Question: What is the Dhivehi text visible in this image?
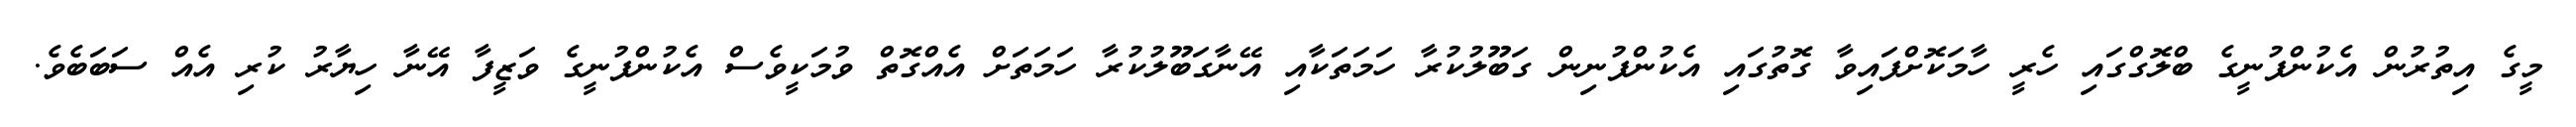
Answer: މީގެ އިތުރުން އެކުންފުނީގެ ބްލޮގްގައި ހެރީ ހާމަކޮށްފައިވާ ގޮތުގައި އެކުންފުނިން ގަބޫލުކުރާ ހަމަތަކާއި އޭނާގަބޫލުކުރާ ހަމަތަށް އެއްގޮތް ވުމަކީވެސް އެކުންފުނީގެ ވަޒީފާ އޭނާ ހިޔާރު ކުރި އެއް ސަބަބެވެ.